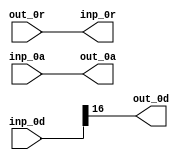
module BrzSlice_1_18_16 (
  out_0r, out_0a, out_0d,
  inp_0r, inp_0a, inp_0d
);
  input out_0r;
  output out_0a;
  output out_0d;
  output inp_0r;
  input inp_0a;
  input [17:0] inp_0d;
  assign inp_0r = out_0r;
  assign out_0a = inp_0a;
  assign out_0d = inp_0d[16];
endmodule